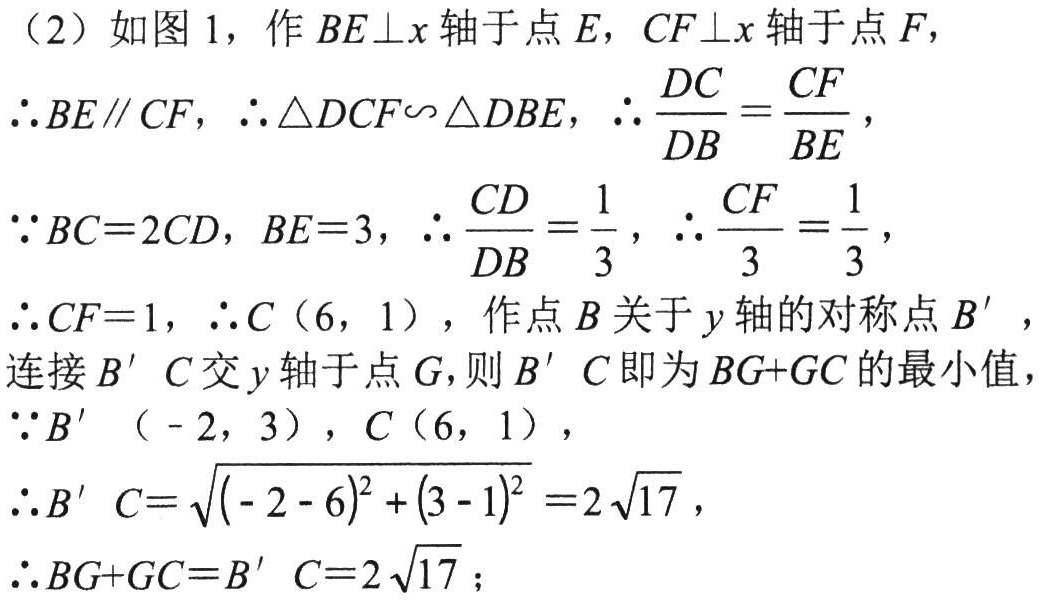
（2）如图 1，作 \(BE\perp x\) 轴于点 \(E\)，\(CF\perp x\) 轴于点 \(F\)，

\(\therefore BE\parallel CF\)，\(\therefore \triangle DCF\sim\triangle DBE\)，\(\therefore \frac{DC}{DB}=\frac{CF}{BE}\)，

\(\because BC = 2CD\)，\(BE = 3\)，\(\therefore \frac{CD}{DB}=\frac{1}{3}\)，\(\therefore \frac{CF}{3}=\frac{1}{3}\)，

\(\therefore CF = 1\)，\(\therefore C(6,1)\)，作点 \(B\) 关于 \(y\) 轴的对称点 \(B'\)，

连接 \(B'C\) 交 \(y\) 轴于点 \(G\)，则 \(B'C\) 即为 \(BG + GC\) 的最小值，

\(\because B'(-2,3)\)，\(C(6,1)\)，

\(\therefore B'C=\sqrt{(-2 - 6)^2+(3 - 1)^2}=2\sqrt{17}\)，

\(\therefore BG + GC=B'C=2\sqrt{17}\)；